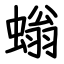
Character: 螉